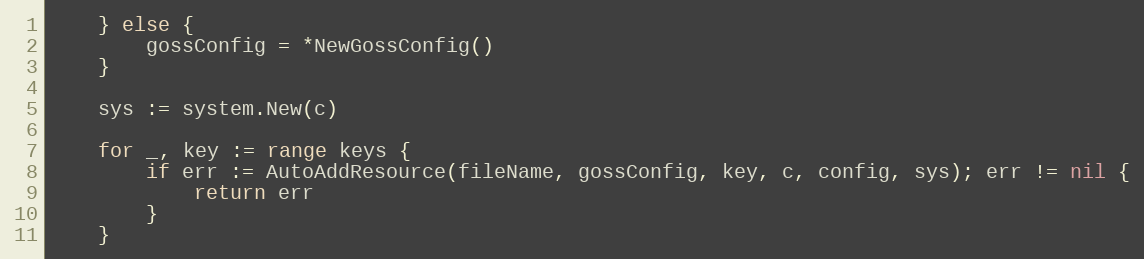
Language: Go
	} else {
		gossConfig = *NewGossConfig()
	}

	sys := system.New(c)

	for _, key := range keys {
		if err := AutoAddResource(fileName, gossConfig, key, c, config, sys); err != nil {
			return err
		}
	}